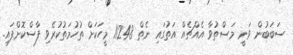
ސަބަބުން ވަނީ މަސްތުވާ އެއްޗެއް އަތުގައި ނެތް 11248 މީހަކަށް ތުހުމަތުކުރެވި ފާސްކޮށްފައި.